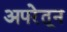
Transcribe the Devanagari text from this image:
अपरेतून